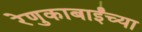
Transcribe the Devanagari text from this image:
रेणुकाबाईंच्या